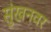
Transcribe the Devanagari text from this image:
सुंखनवर